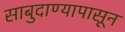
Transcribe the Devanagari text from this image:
साबुदाण्यापासून